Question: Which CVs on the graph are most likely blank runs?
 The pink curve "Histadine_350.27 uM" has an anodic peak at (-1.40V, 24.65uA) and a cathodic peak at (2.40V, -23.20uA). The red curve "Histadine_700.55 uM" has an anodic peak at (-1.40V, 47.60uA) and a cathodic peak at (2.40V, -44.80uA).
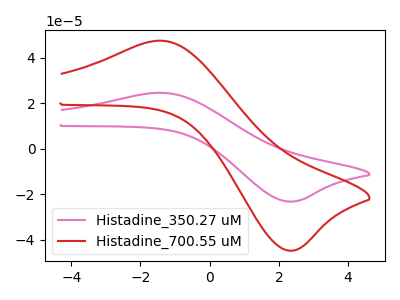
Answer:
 <answer>There are not any CV's on this graph that are likely to be blanks.</answer>
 <eval>none</eval>